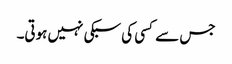
جس سے کسی کی سبکی نہیں ہوتی۔